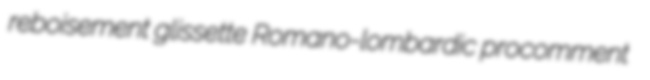
reboisement glissette Romano-lombardic procomment